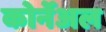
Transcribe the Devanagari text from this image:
कोर्नेअल